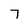
Character: 7